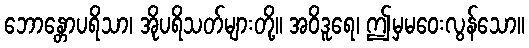
ဘောန္တောပရိသာ၊ အိုပရိသတ်များတို့။ အဝိဒူရေ၊ ဤမှမဝေးလွန်သော။